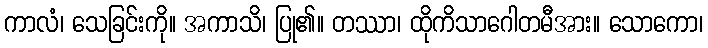
ကာလံ၊ သေခြင်းကို။ အကာသိ၊ ပြု၏။ တဿာ၊ ထိုကိသာဂေါတမီအား။ သောကော၊